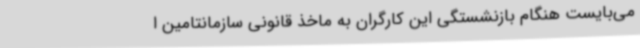
می‌بایست هنگام بازنشستگی این کارگران به ماخذ قانونی سازمانتامین ا